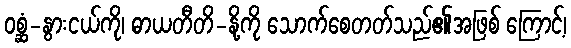
ဝစ္ဆံ-နွားငယ်ကို၊ ဓာယတီတိ-နို့ကို သောက်စေတတ်သည်၏အဖြစ် ကြောင့်၊